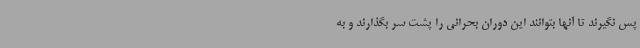
پس نگیرند تا آنها بتوانند این دوران بحرانی را پشت سر بگذارند و به